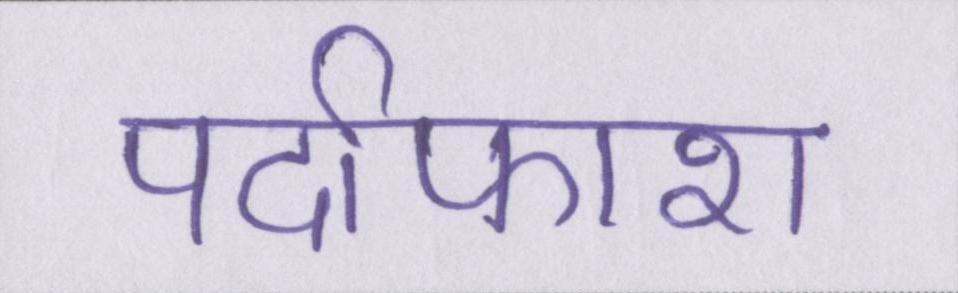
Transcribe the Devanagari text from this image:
पर्दाफाश